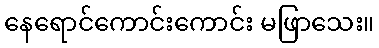
နေရောင်ကောင်းကောင်း မဖြာသေး။